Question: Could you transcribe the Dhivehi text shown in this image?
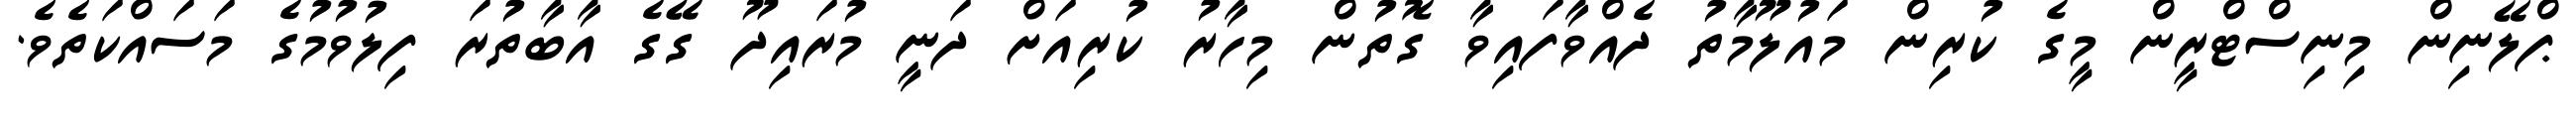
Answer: ޕްލޭނިން މިނިސްޓްރީން މީގެ ކުރިން މައުލޫމާތު ދެއްވާފައިވާ ގޮތުން މިހާރު ކުރިއަށް ދަނީ މުރައިދޫ ގޭގެ އާބާތުރަ ފިލުވުމުގެ މަސައްކަތެވެ.